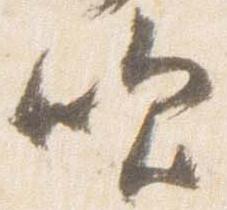
吹